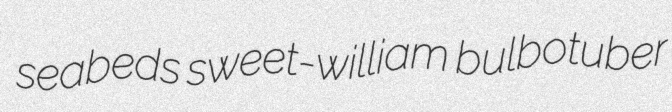
seabeds sweet-william bulbotuber